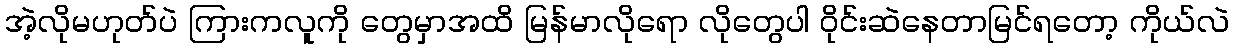
အဲ့လိုမဟုတ်ပဲ ကြားကလူကို တွေမှာအထိ မြန်မာလိုရော လိုတွေပါ ဝိုင်းဆဲနေတာမြင်ရတော့ ကိုယ်လဲ